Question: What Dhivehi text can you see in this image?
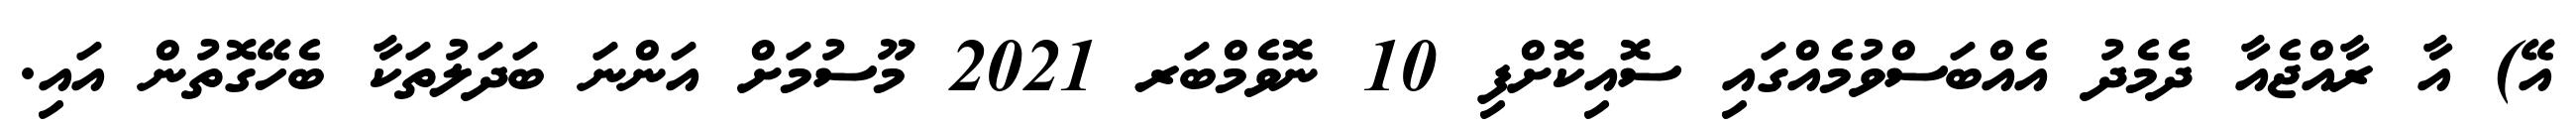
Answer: އޭ) އާ ރާއްޖެއާ ދެމެދު އެއްބަސްވުމެއްގައި ސޮއިކޮށްފި 10 ނޮވެމްބަރ 2021 މޫސުމަށް އަންނަ ބަދަލުތަކާ ބެހޭގޮތުން އައި.